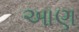
આણ